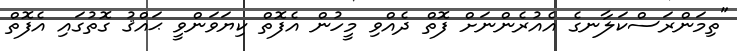
"ތިމަންރަސްކަލާނގެ އެއުރެންނަށް ފޮތް ދެއްވި މީހުން އެފޮތް ކިޔަވަންވީ ޙައްޤު ގޮތުގައި އެފޮތް